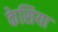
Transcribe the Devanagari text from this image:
केसिया